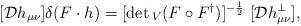
LaTeX: \begin{align*}[{\cal D}h_{\mu \nu}] \delta (F \cdot h) = [\det{}_V (F\circ F^{\dag})]^{-{1\over 2}} \ [{\cal D}h^{\perp}_{\mu \nu}],\end{align*}